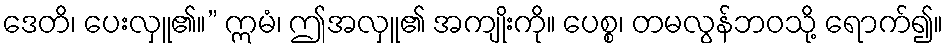
ဒေတိ၊ ပေးလှူ၏။” ဣမံ၊ ဤအလှူ၏ အကျိုးကို။ ပေစ္စ၊ တမလွန်ဘဝသို့ ရောက်၍။